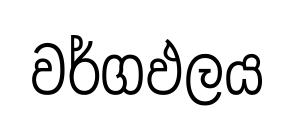
වර්ගඵලය